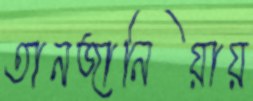
তানজানিয়ায়